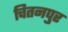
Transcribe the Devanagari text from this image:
चितनपुर